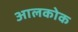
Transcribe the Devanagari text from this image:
आलकोक